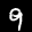
Label: 9